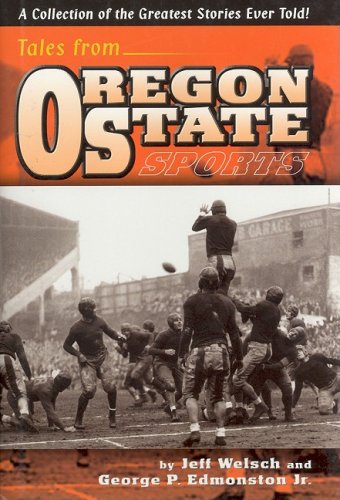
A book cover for Tales from Oregon State Sports; George P. Edmonston Jr.; Sports & Outdoors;